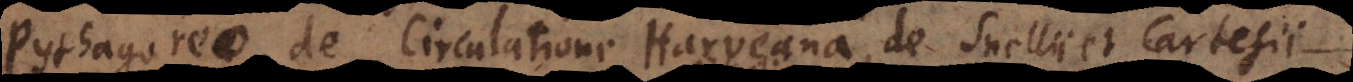
Pythagoreo, de Circulatione Harveana, de pugilibus Chymicoru